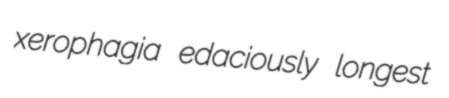
xerophagia edaciously longest